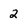
Character: 2